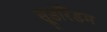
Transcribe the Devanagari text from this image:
सूडोरैंडम